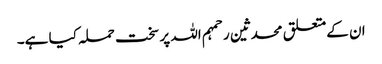
ان کےمتعلق محدثین رحمہم اللہ پر سخت حملہ کیا ہے۔